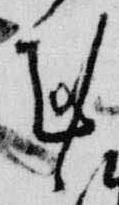
剋